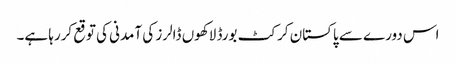
اس دورے سے پاکستان کرکٹ بورڈ لاکھوں ڈالرز کی آمدنی کی توقع کررہا ہے۔